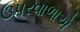
ઉપરવાળાએ